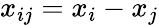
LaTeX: x_{ij}=x_{i}-x_{j}